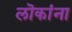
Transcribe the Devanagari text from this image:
लॊकांना